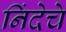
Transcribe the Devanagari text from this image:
निंदेचे